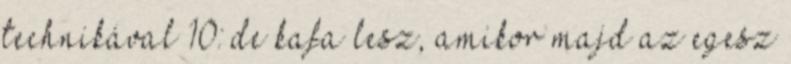
technikával 10: de kafa lesz, amikor majd az egesz